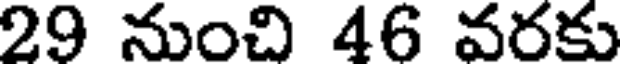
29 నుంచి 46 వరకు